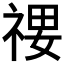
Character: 𰨄